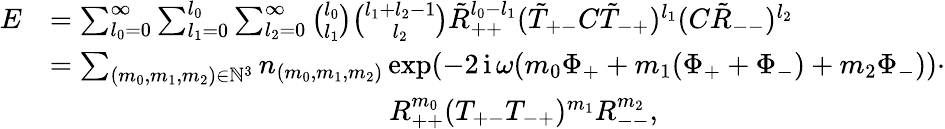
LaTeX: \begin{array}{rl}{E}&{=\sum_{l_{0}=0}^{\infty}\sum_{l_{1}=0}^{l_{0}}\sum_{l_{2}=0}^{\infty}\binom{l_{0}}{l_{1}}\binom{l_{1}+l_{2}-1}{l_{2}}\tilde{R}_{++}^{l_{0}-l_{1}}(\tilde{T}_{+-}C\tilde{T}_{-+})^{l_{1}}(C\tilde{R}_{--})^{l_{2}}}\\ &{=\sum_{(m_{0},m_{1},m_{2})\in\mathbb N^{3}}n_{(m_{0},m_{1},m_{2})}\exp(-2\operatorname{i}\omega(m_{0}\Phi_{+}+m_{1}(\Phi_{+}+\Phi_{-})+m_{2}\Phi_{-}))\cdot}\\ &{\qquad\qquad\qquad\qquad\qquad\qquad R_{++}^{m_{0}}(T_{+-}T_{-+})^{m_{1}}R_{--}^{m_{2}},}\end{array}